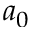
a _ { 0 }